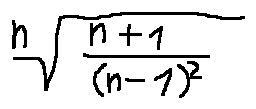
\sqrt [ n ] { \frac { n + 1 } { ( n - 1 ) ^ { 2 } } }